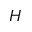
H